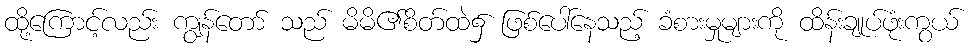
ထို့ကြောင့်လည်း ကျွန်တော် သည် မိမိ၏စိတ်ထဲ၌ ဖြစ်ပေါ်နေသည့် ခံစားမှုများကို ထိန်းချုပ်ဖုံးကွယ်